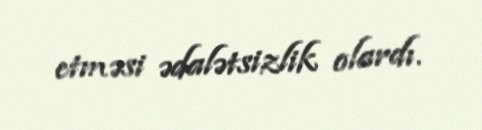
etməsi ədalətsizlik olardı.